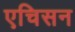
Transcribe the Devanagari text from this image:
एचिसन